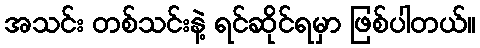
အသင်း တစ်သင်းနဲ့ ရင်ဆိုင်ရမှာ ဖြစ်ပါတယ်။